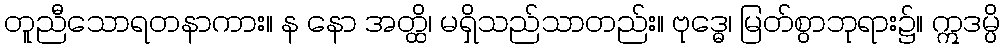
တူညီသောရတနာကား။ န နော အတ္ထိ၊ မရှိသည်သာတည်း။ ဗုဒ္ဓေ၊ မြတ်စွာဘုရား၌။ ဣဒမ္ပိ